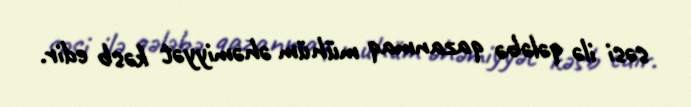
səsi ilə qələbə qazanmaq mühüm əhəmiyyət kəsb edir.